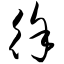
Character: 徐